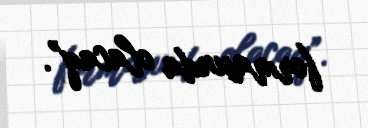
formasında olacaq”.